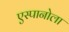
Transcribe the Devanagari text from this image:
एस्पानोला